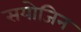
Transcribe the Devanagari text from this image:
सयोजिन